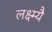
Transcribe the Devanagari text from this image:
लक्ष्म्यै